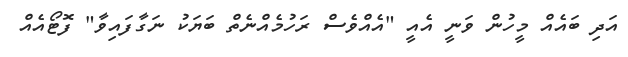
އަދި ބައެއް މީހުން ވަނީ އެއީ "އެއްވެސް ރަހުމެއްނެތް ބަޔަކު ނަގާފައިވާ" ފޮޓޯއެއް